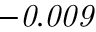
\it - 0 . 0 0 9